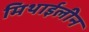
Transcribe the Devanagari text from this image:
मिथाईलीन